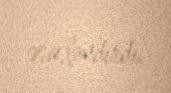
əsaslandırdı.